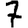
Digit: 7